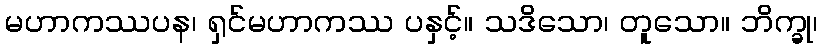
မဟာကဿပန၊ ရှင်မဟာကဿ ပနှင့်။ သဒိသော၊ တူသော။ ဘိက္ခု၊